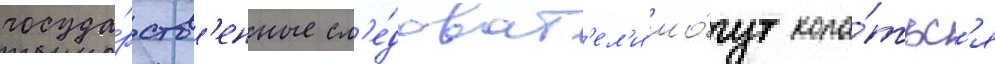
госуда́рств'енные сл'е́доват'ел'и мо́гут копа́тьс'я